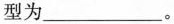
型为___。